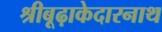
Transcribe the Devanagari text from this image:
श्रीबूढ़ाकेदारनाथ